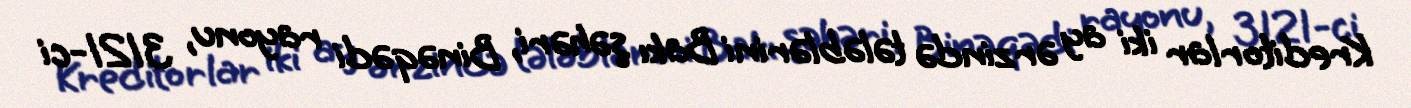
Kreditorlar iki ay ərzində tələblərini Bakı şəhəri, Binəqədi rayonu, 3121-ci